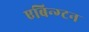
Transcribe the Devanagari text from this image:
एबिन्ग्टन